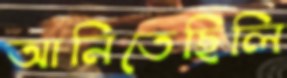
আনিতেছিলি